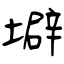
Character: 壀